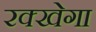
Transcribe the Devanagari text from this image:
रक्खेगा